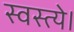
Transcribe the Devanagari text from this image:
स्वस्त्ये।